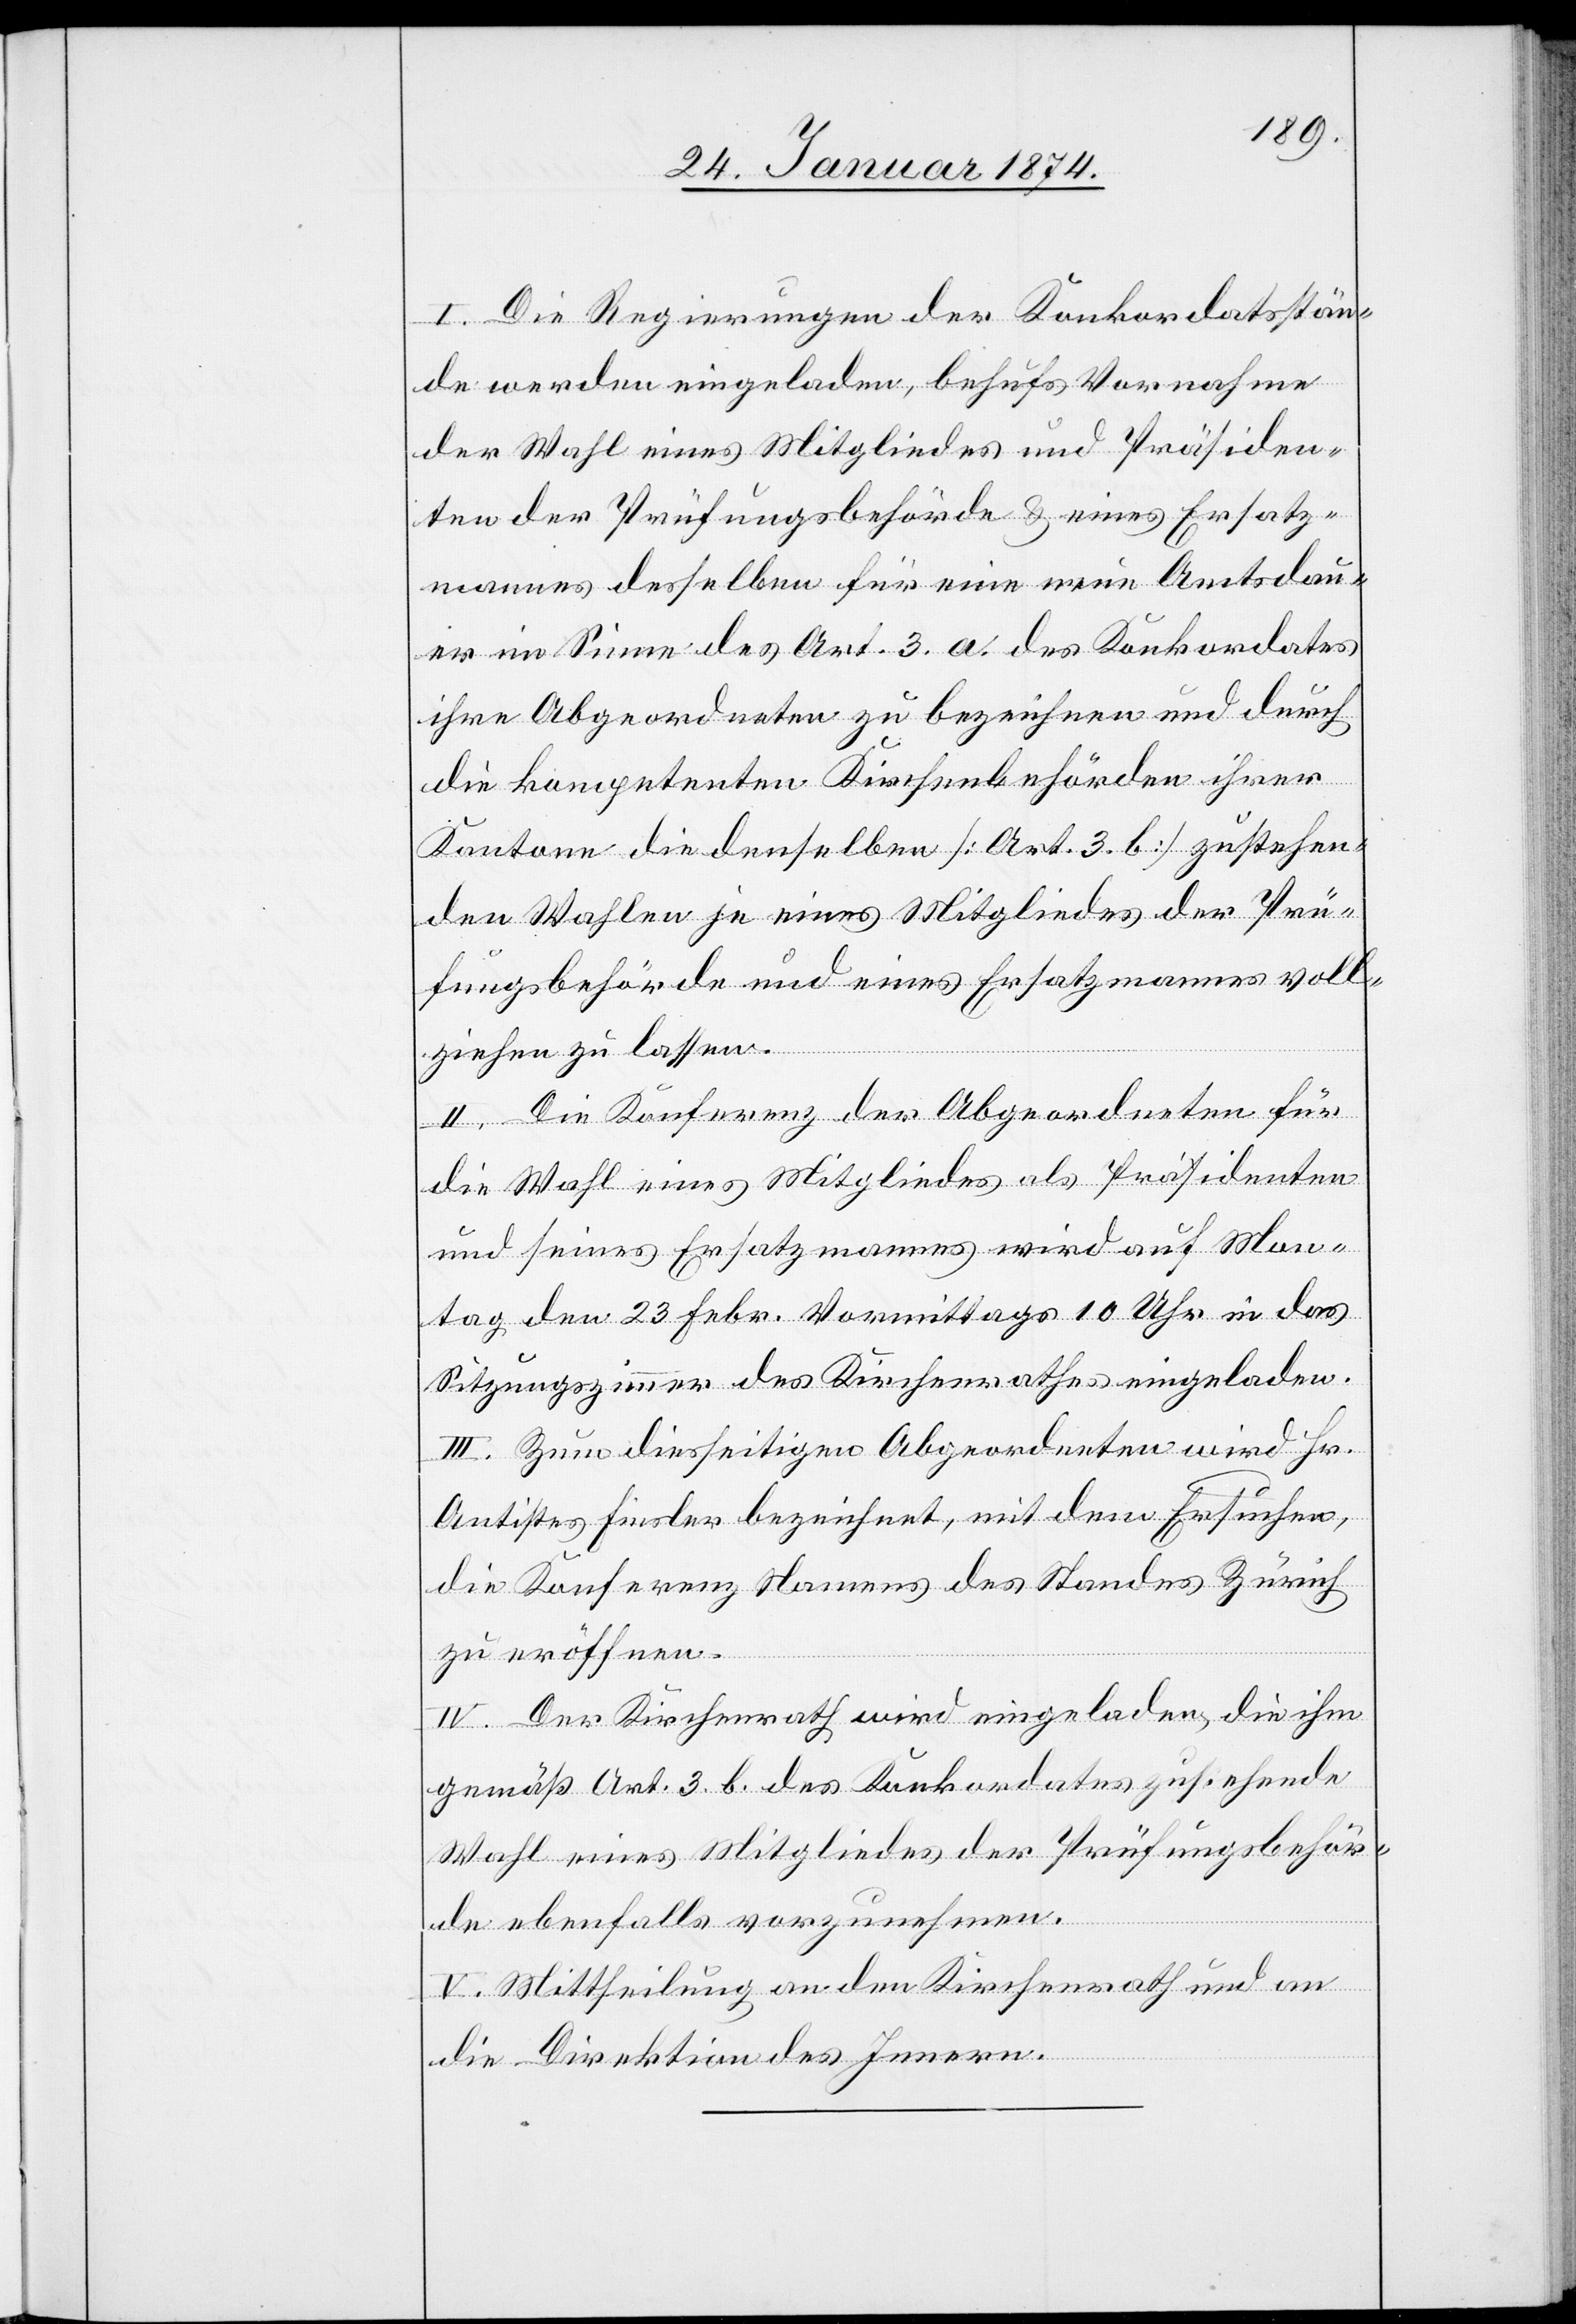
I. Die Regierungen der Konkordatsstän¬
de werden eingeladen, behufs Vornahme
der Wahl eines Mitgliedes und Präsiden¬
ten der Prüfungsbehörde & eines Ersatz¬
mannes desselben für eine neue Amtsdau¬
er im Sinne des Art. 3 a. des Konkordates
ihre Abgeordneten zu bezeichnen und durch
die kompetenten Kirchenbehörden ihrer
Kantone die denselben [Art. 3. b.] zustehen¬
den Wahlen je eines Mitgliedes der Prü¬
fungsbehörde und eines Ersatzmannes voll¬
ziehen zu lassen.
II. Die Konferenz der Abgeordneten für
die Wahl eines Mitgliedes als Präsidenten
und seines Ersatzmannes wird auf Mon¬
tag den 23. Febr. Vormittags 10 Uhr in das
Sitzungszimmer des Kirchenrathes eingeladen.
III. Zum diesseitigen Abgeordneten wird Hr.
Antistes Finsler bezeichnet, mit dem Ersuchen,
die Konferenz Namens des Standes Zürich
zu eröffnen.
IV. Der Kirchenrath wird eingeladen, die ihm
gemäß Art. 3. b. des Konkordates zustehende
Wahl eines Mitgliedes der Prüfungsbehör¬
de ebenfalls vorzunehmen.
V. Mittheilung an den Kirchenrath und an
die Direktion des Innern.